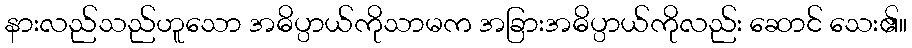
နားလည်သည်ဟူသော အဓိပ္ပာယ်ကိုသာမက အခြားအဓိပ္ပာယ်ကိုလည်း ဆောင် သေး၏။